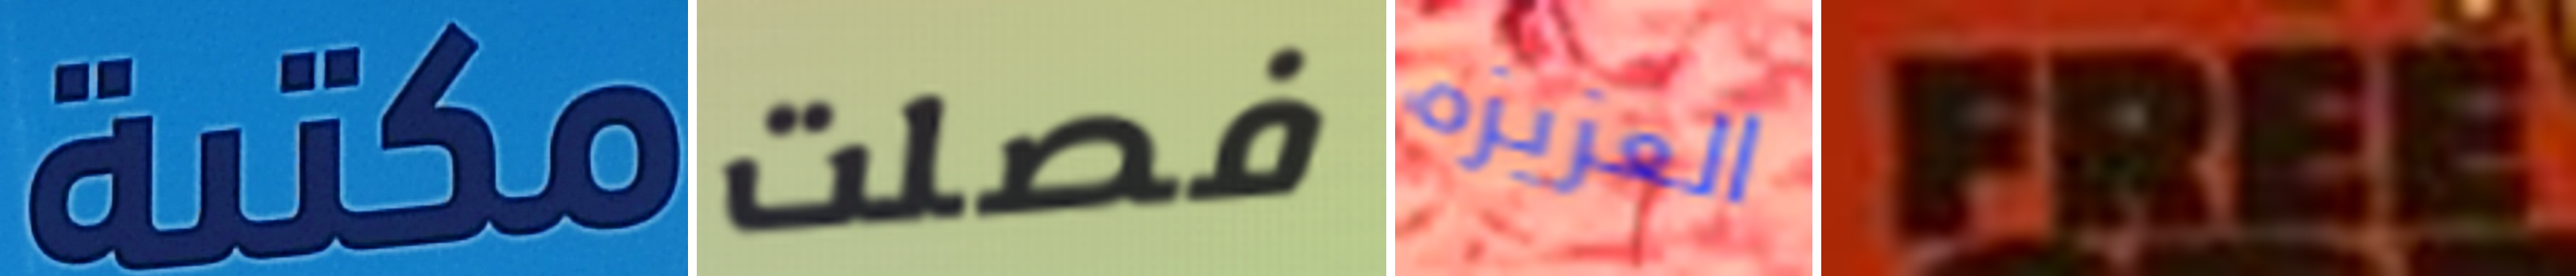
مكتبة فصلت العزيزه FREE